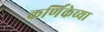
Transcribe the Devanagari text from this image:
कर्णिकेच्या